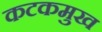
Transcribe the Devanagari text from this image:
कटकमुख